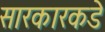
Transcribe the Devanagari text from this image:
सारकारकडे